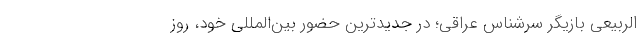
الربیعی بازیگر سرشناس عراقی؛ در جدیدترین حضور بین‌المللی خود، روز